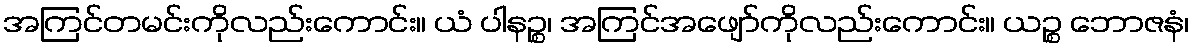
အကြင်တမင်းကိုလည်းကောင်း။ ယံ ပါနဉ္စ၊ အကြင်အဖျော်ကိုလည်းကောင်း။ ယဉ္စ ဘောဇနံ၊